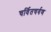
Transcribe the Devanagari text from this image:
चर्वितचर्वण